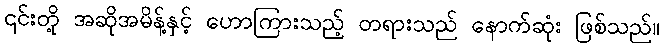
၎င်းတို့ အဆိုအမိန့်နှင့် ဟောကြားသည့် တရားသည် နောက်ဆုံး ဖြစ်သည်။